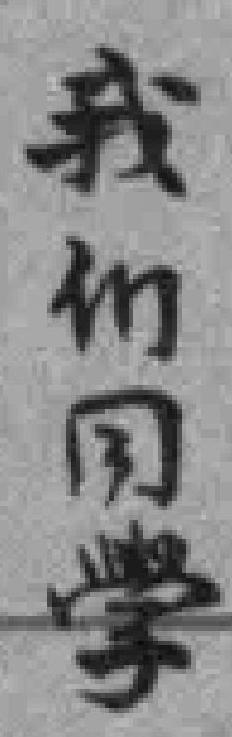
我们同學